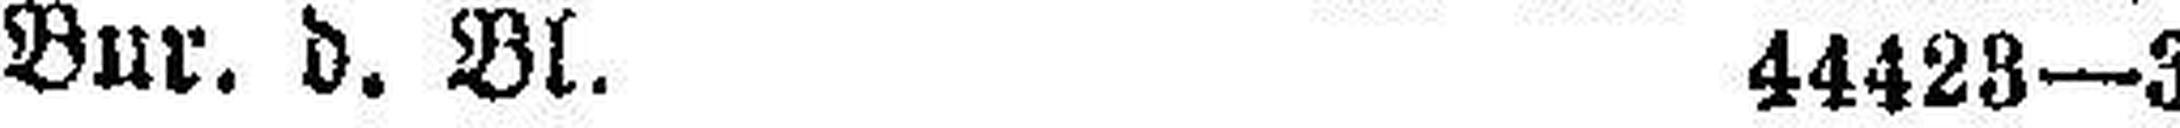
Bur. d. Bl. 44423—3